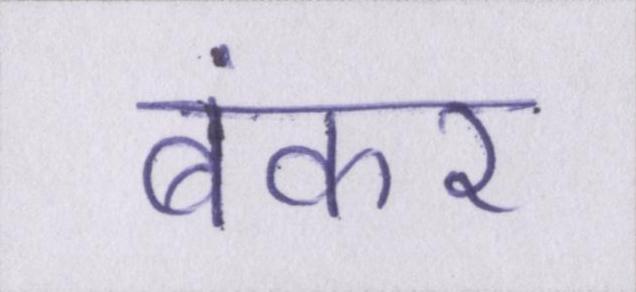
बंकर